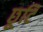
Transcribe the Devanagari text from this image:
छूटि